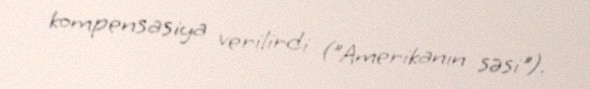
kompensasiya verilirdi ("Amerikanın səsi").